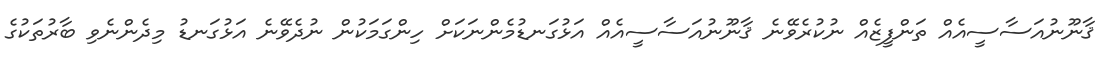
ޤާނޫނުއަސާސީއެއް ތަންފީޒެއް ނުކުރެވޭނެ ޤާނޫނުއަސާސީއެއް އަޅުގަނޑުމެންނަކަށް ހިންގަމަކުން ނުދެވޭނެ އަޅުގަނޑު މިދެންނެވި ބާރުތަކުގެ